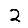
Digit: 2